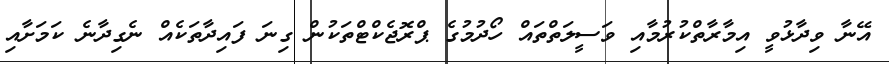
އޭނާ ވިދާޅުވީ އިމާރާތްކުރުމާއި ވަސީލަތްތައް ހޯދުމުގެ ޕްރޮޖެކްޓްތަކުން ގިނަ ފައިދާތަކެއް ނެގިދާނެ ކަމަށާއި